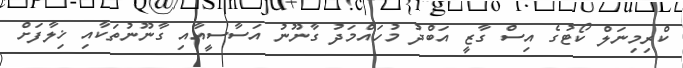
ކްރިމިނަލް ކޯޓުގެ އިސް ގާޒީ އަބްދު މުހައްމަދު ގާނޫނު އަސާސީއާއި ގާނޫނުތަކާއި ޚިލާފަށް